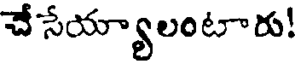
చే సేయ్యాలంటారు!